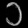
Digit: ၁